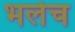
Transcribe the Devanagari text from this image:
भलेच